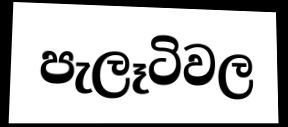
පැලෑටිවල